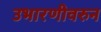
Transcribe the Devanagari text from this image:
उभारणीवरुन